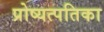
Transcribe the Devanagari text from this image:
प्रोष्यत्पतिका